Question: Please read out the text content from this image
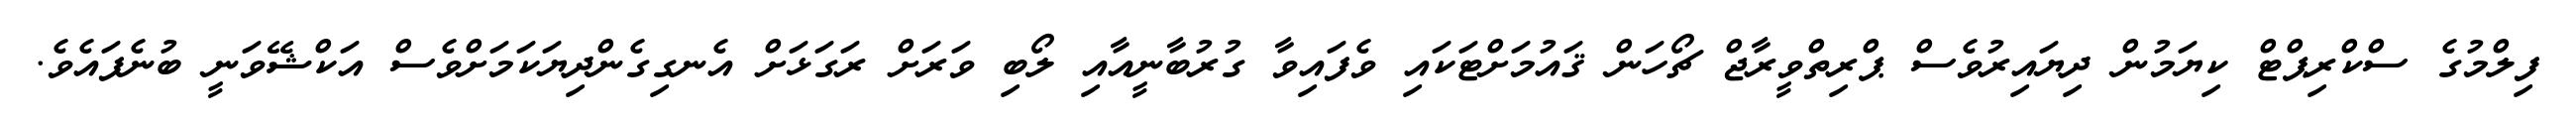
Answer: ފިލްމުގެ ސްކްރިޕްޓް ކިޔަމުން ދިޔައިރުވެސް ޕްރިތްވީރާޖް ޗޯހަން ޤައުމަށްޓަކައި ވެފައިވާ ގުރުބާނީއާއި ލޯބި ވަރަށް ރަގަޅަށް އެނގިގެންދިޔަކަމަށްވެސް އަކްޝޭވަނީ ބުނެފައެވެ.